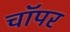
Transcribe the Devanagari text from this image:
चाॅपर